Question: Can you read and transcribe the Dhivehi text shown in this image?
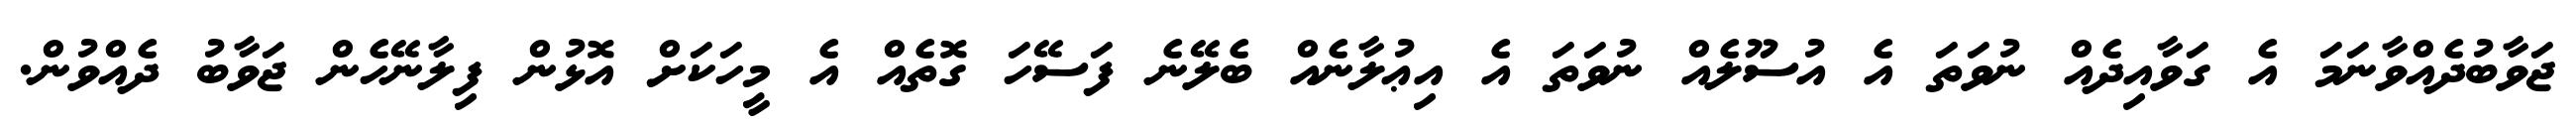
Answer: ޖަވާބުދެއްވާނަމަ އެ ގަވާއިދެއް ނުވަތަ އެ އުސޫލެއް ނުވަތަ އެ އިޢުލާނެއް ބެލޭނެ ފަސޭހަ ގޮތެއް އެ މީހަކަށް އޮޅުން ފިލާނޭހެން ޖަވާބު ދެއްވުން.